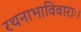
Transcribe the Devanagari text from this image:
रथनाभाविवाराः।